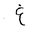
Letter: _gayn